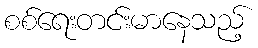
စစ်ရေးတင်းမာနေသည့်